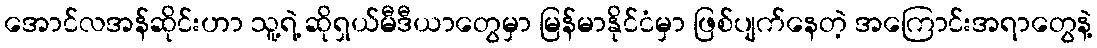
အောင်လအန်ဆိုင်းဟာ သူ့ရဲ့ ဆိုရှယ်မီဒီယာတွေမှာ မြန်မာနိုင်ငံမှာ ဖြစ်ပျက်နေတဲ့ အကြောင်းအရာတွေနဲ့